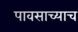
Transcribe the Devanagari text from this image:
पावसाच्याच